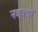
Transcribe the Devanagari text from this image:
नव्‍हत्‍या